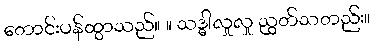
တောင်းပန်ထွာသည်။ ။ သဒ္ဓါလှုလှု ညွတ်သတည်း။